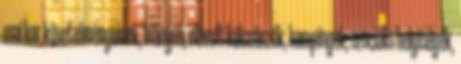
mai kor követelményeinek, hiányos, elavult kölcsönzők, kempingek, szociális helyiségek,